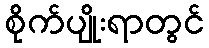
စိုက်ပျိုးရာတွင်